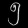
Digit: ၅